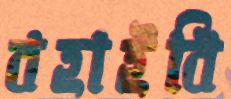
বহাইবি